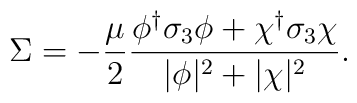
\Sigma = -{\mu \over 2}{\phi^\dagger \sigma_3 \phi + \chi^\dagger \sigma_3 \chi \over |\phi|^2+|\chi|^2 } .